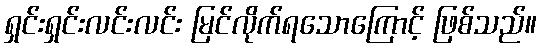
ရှင်းရှင်းလင်းလင်း မြင်လိုက်ရသောကြောင့် ဖြစ်သည်။